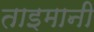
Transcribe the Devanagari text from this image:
ताइमानी